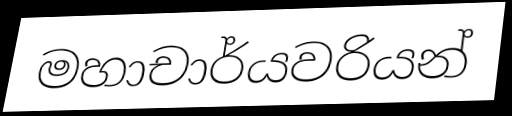
මහාචාර්යවරියන්